Vaccination in Bombay 1924-1928 - 1924-1928
Year: 1924
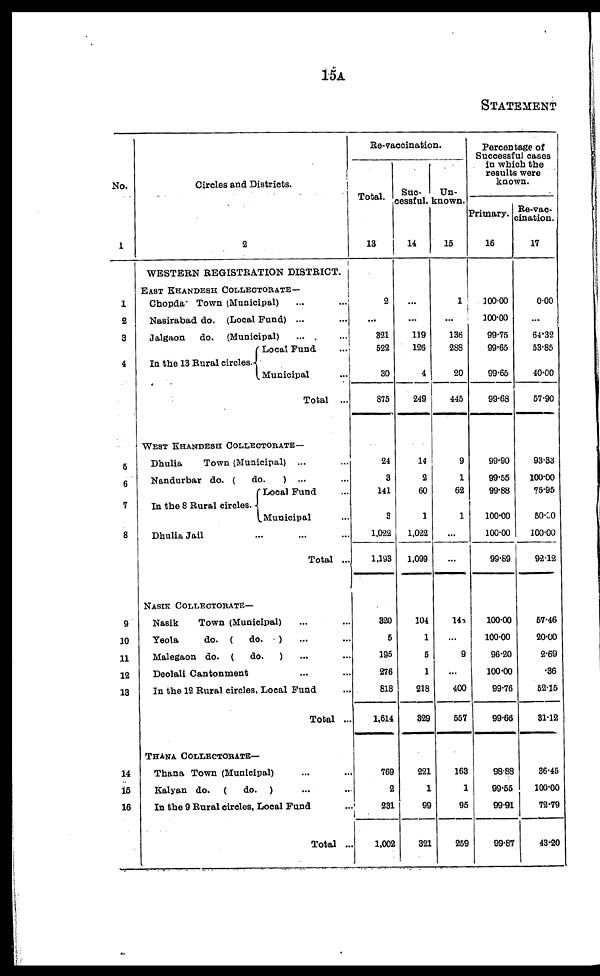
15A
STATEMENT
No.
1
1
2
3
4
5
6
7
8
9
10
11
12
13
14
16
16
Circles and Districts.
2
WESTERN REGISTRATION DISTRICT.
EAST KHANDESH COLLECTORATE—
Chopda Town (Municipal) ... ...
Nasirabad do.(Local Fund) ... ...
Jalgaon
do. (Municipal) ... ...
In the 13 Rural circles.
Local Fund ...
Municipal ...
Total...
WEST KHANDESH COLLECTORATE—
Dhulia
Town (Municipal)... ...
Nandurbar do. (do.)... ...
In the 8 Rural circles.
Local Fund ...
Municipal ...
Dhulia Jail ... ... ...
Total ...
NASIK COLLECTORATE—
Nasik
Town (Municipal) ... ...
Yeola
do.(do.) ... ...
Malegaon do.(do.) ... ...
Deolali Cantonment ...
In the 12 Rural circles, Local Fund ...
Total ...
THÁNA COLLECTORATE—
Thana Town (Municipal) ... ...
Kalyan do. (do.
) ... ...
In the 9 Rural circles, Local Fund ...
Total ...
Re-vaccination.
Total.
13
2
...
321
522
30
875
24
3
141
3
1,022
1,193
320
5
195
276
818
1,614
769
2
231
1,002
Suc-
cessful.
14
...
...
119
126
4
249
14
2
60
1
1,022
1,099
104
1
5
1
218
329
221
1
99
321
Un-
known.
15
1
...
136
288
20
445
9
1
62
1
...
...
148
...
9
...
400
557
163
1
95
259
Percentage of
Successful cases
in which the
results were
known.
Primary.
16
100.00
100.00
99.75
99.65
99.65
99.68
99.90
99.55
99.88
100.00
100.00
99.89
100.00
100.00
96.20
100.00
99.76
99.66
98.88
99.55
99.91
99.87
Re-vac-
cination.
17
0.00
...
64.32
53.85
40.00
57.90
93.33
100.00
75.95
50.00
100.00
92.12
57.46
20.00
2.69
.36
52.15
31.12
36.45
100.00
72.79
43.20